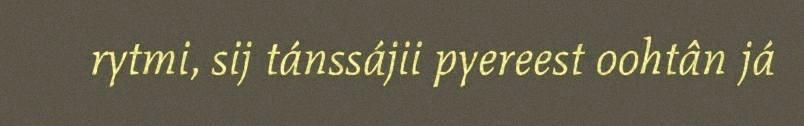
rytmi, sij tánssájii pyereest oohtân já